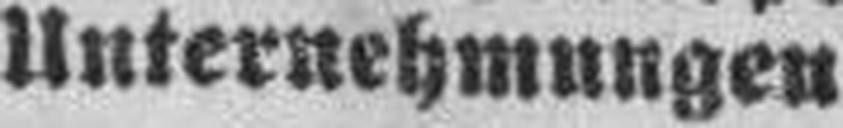
Unternehmungen